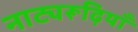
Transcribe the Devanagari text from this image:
नाट्यरूढ़ियाँ